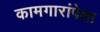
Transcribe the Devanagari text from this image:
कामगारांपेक्षा